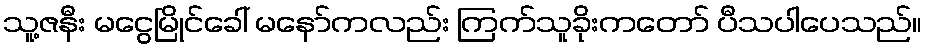
သူ့ဇနီး မငွေမြိုင်ခေါ် မနော်ကလည်း ကြက်သူခိုးကတော် ပီသပါပေသည်။